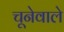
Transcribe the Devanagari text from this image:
चूनेवाले